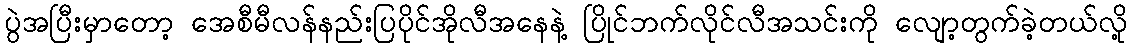
ပွဲအပြီးမှာတော့ အေစီမီလန်နည်းပြပိုင်အိုလီအနေနဲ့ ပြိုင်ဘက်လိုင်လီအသင်းကို လျော့တွက်ခဲ့တယ်လို့